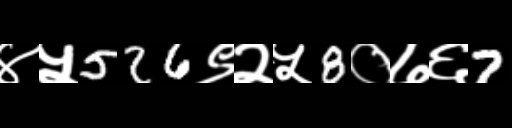
Text: ४५526९२५8०७६7